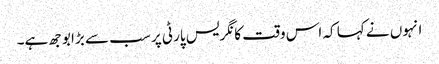
انہوں نے کہا کہ اس وقت کانگریس پارٹی پر سب سے بڑا بوجھ ہے۔